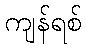
ကျန်ရစ်